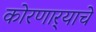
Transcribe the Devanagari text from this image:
कोरणार्‍याचे